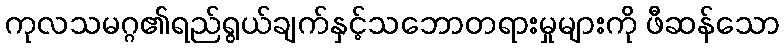
ကုလသမဂ္ဂ၏ရည်ရွယ်ချက်နှင့်သဘောတရားမှုများကို ဖီဆန်သော